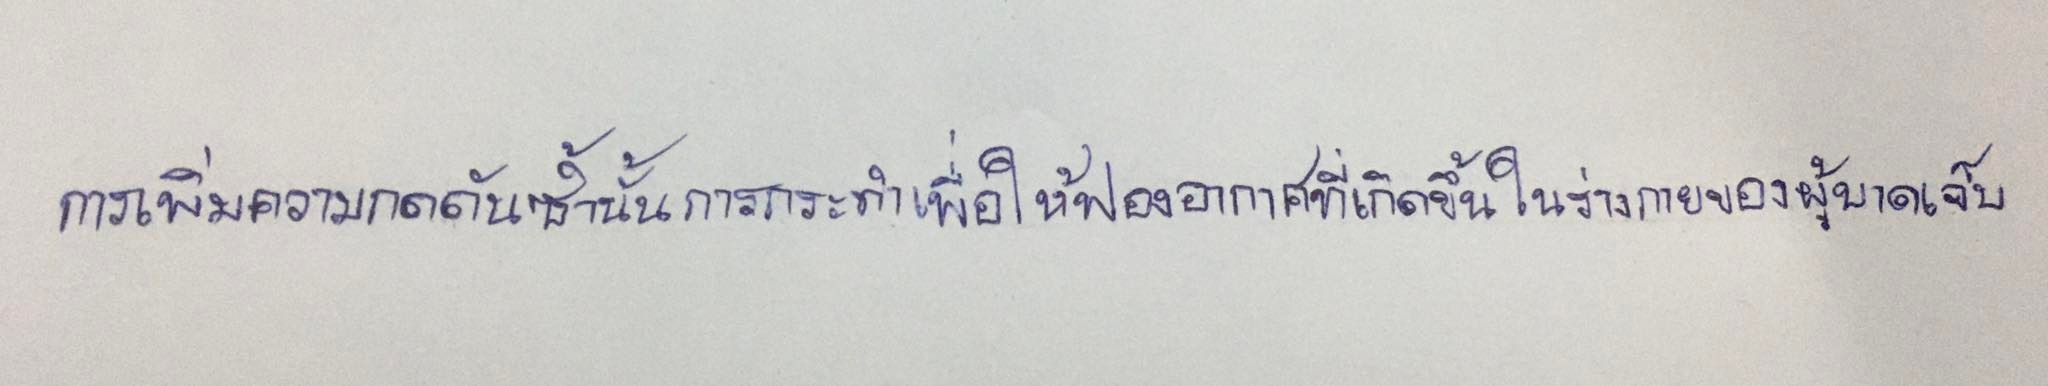
การเพิ่มความกดดันซ้ำนั้นกระทำเพื่อให้ฟองอากาศที่เกิดขึ้นในร่างกายของผู้บาดเจ็บ